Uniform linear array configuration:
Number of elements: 24
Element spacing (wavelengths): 0.25
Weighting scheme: blackman
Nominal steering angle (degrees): -30
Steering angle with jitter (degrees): -29.275
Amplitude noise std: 0.05
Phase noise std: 0.05

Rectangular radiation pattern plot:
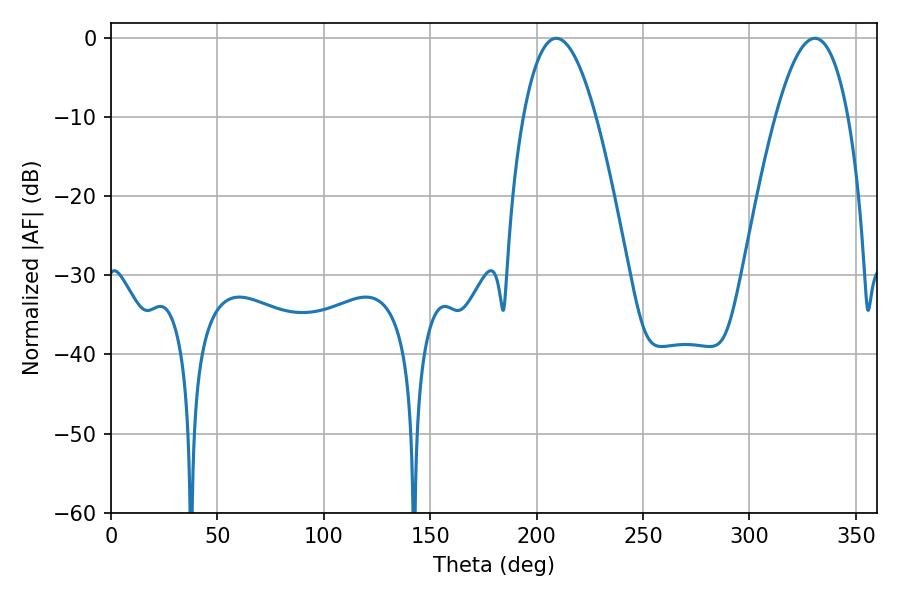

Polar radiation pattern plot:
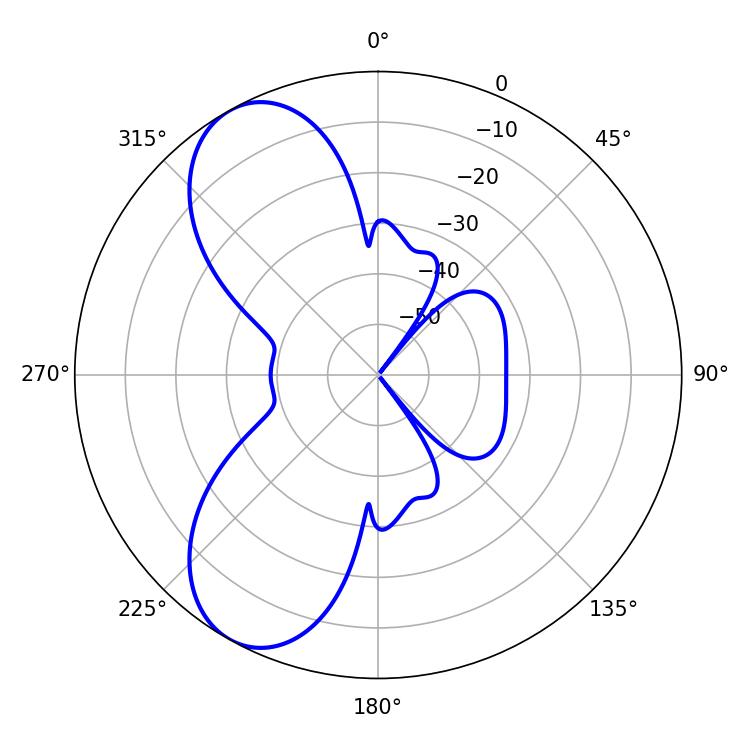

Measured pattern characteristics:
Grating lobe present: FALSE
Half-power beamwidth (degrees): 18.72
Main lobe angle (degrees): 209.16